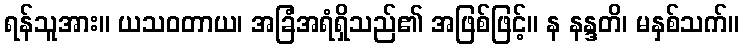
ရန်သူအား။ ယသဝတာယ၊ အခြံအရံရှိသည်၏ အဖြစ်ဖြင့်။ န နန္ဒတိ၊ မနှစ်သက်။